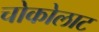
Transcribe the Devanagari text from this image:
चोकोलाट